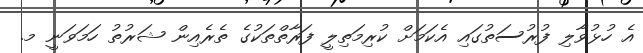
އެ ހުޅުވާލި ފުރުސަތުގައި އެކަމަށް ކުރިމަތިލީ ފަރާތްތަކުގެ ތެރެއިން ޝަރުތު ހަމަވަނީ މ.